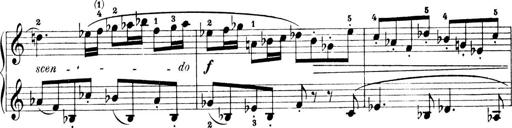
Title: 4 Sonatines
Composer: Max Reger